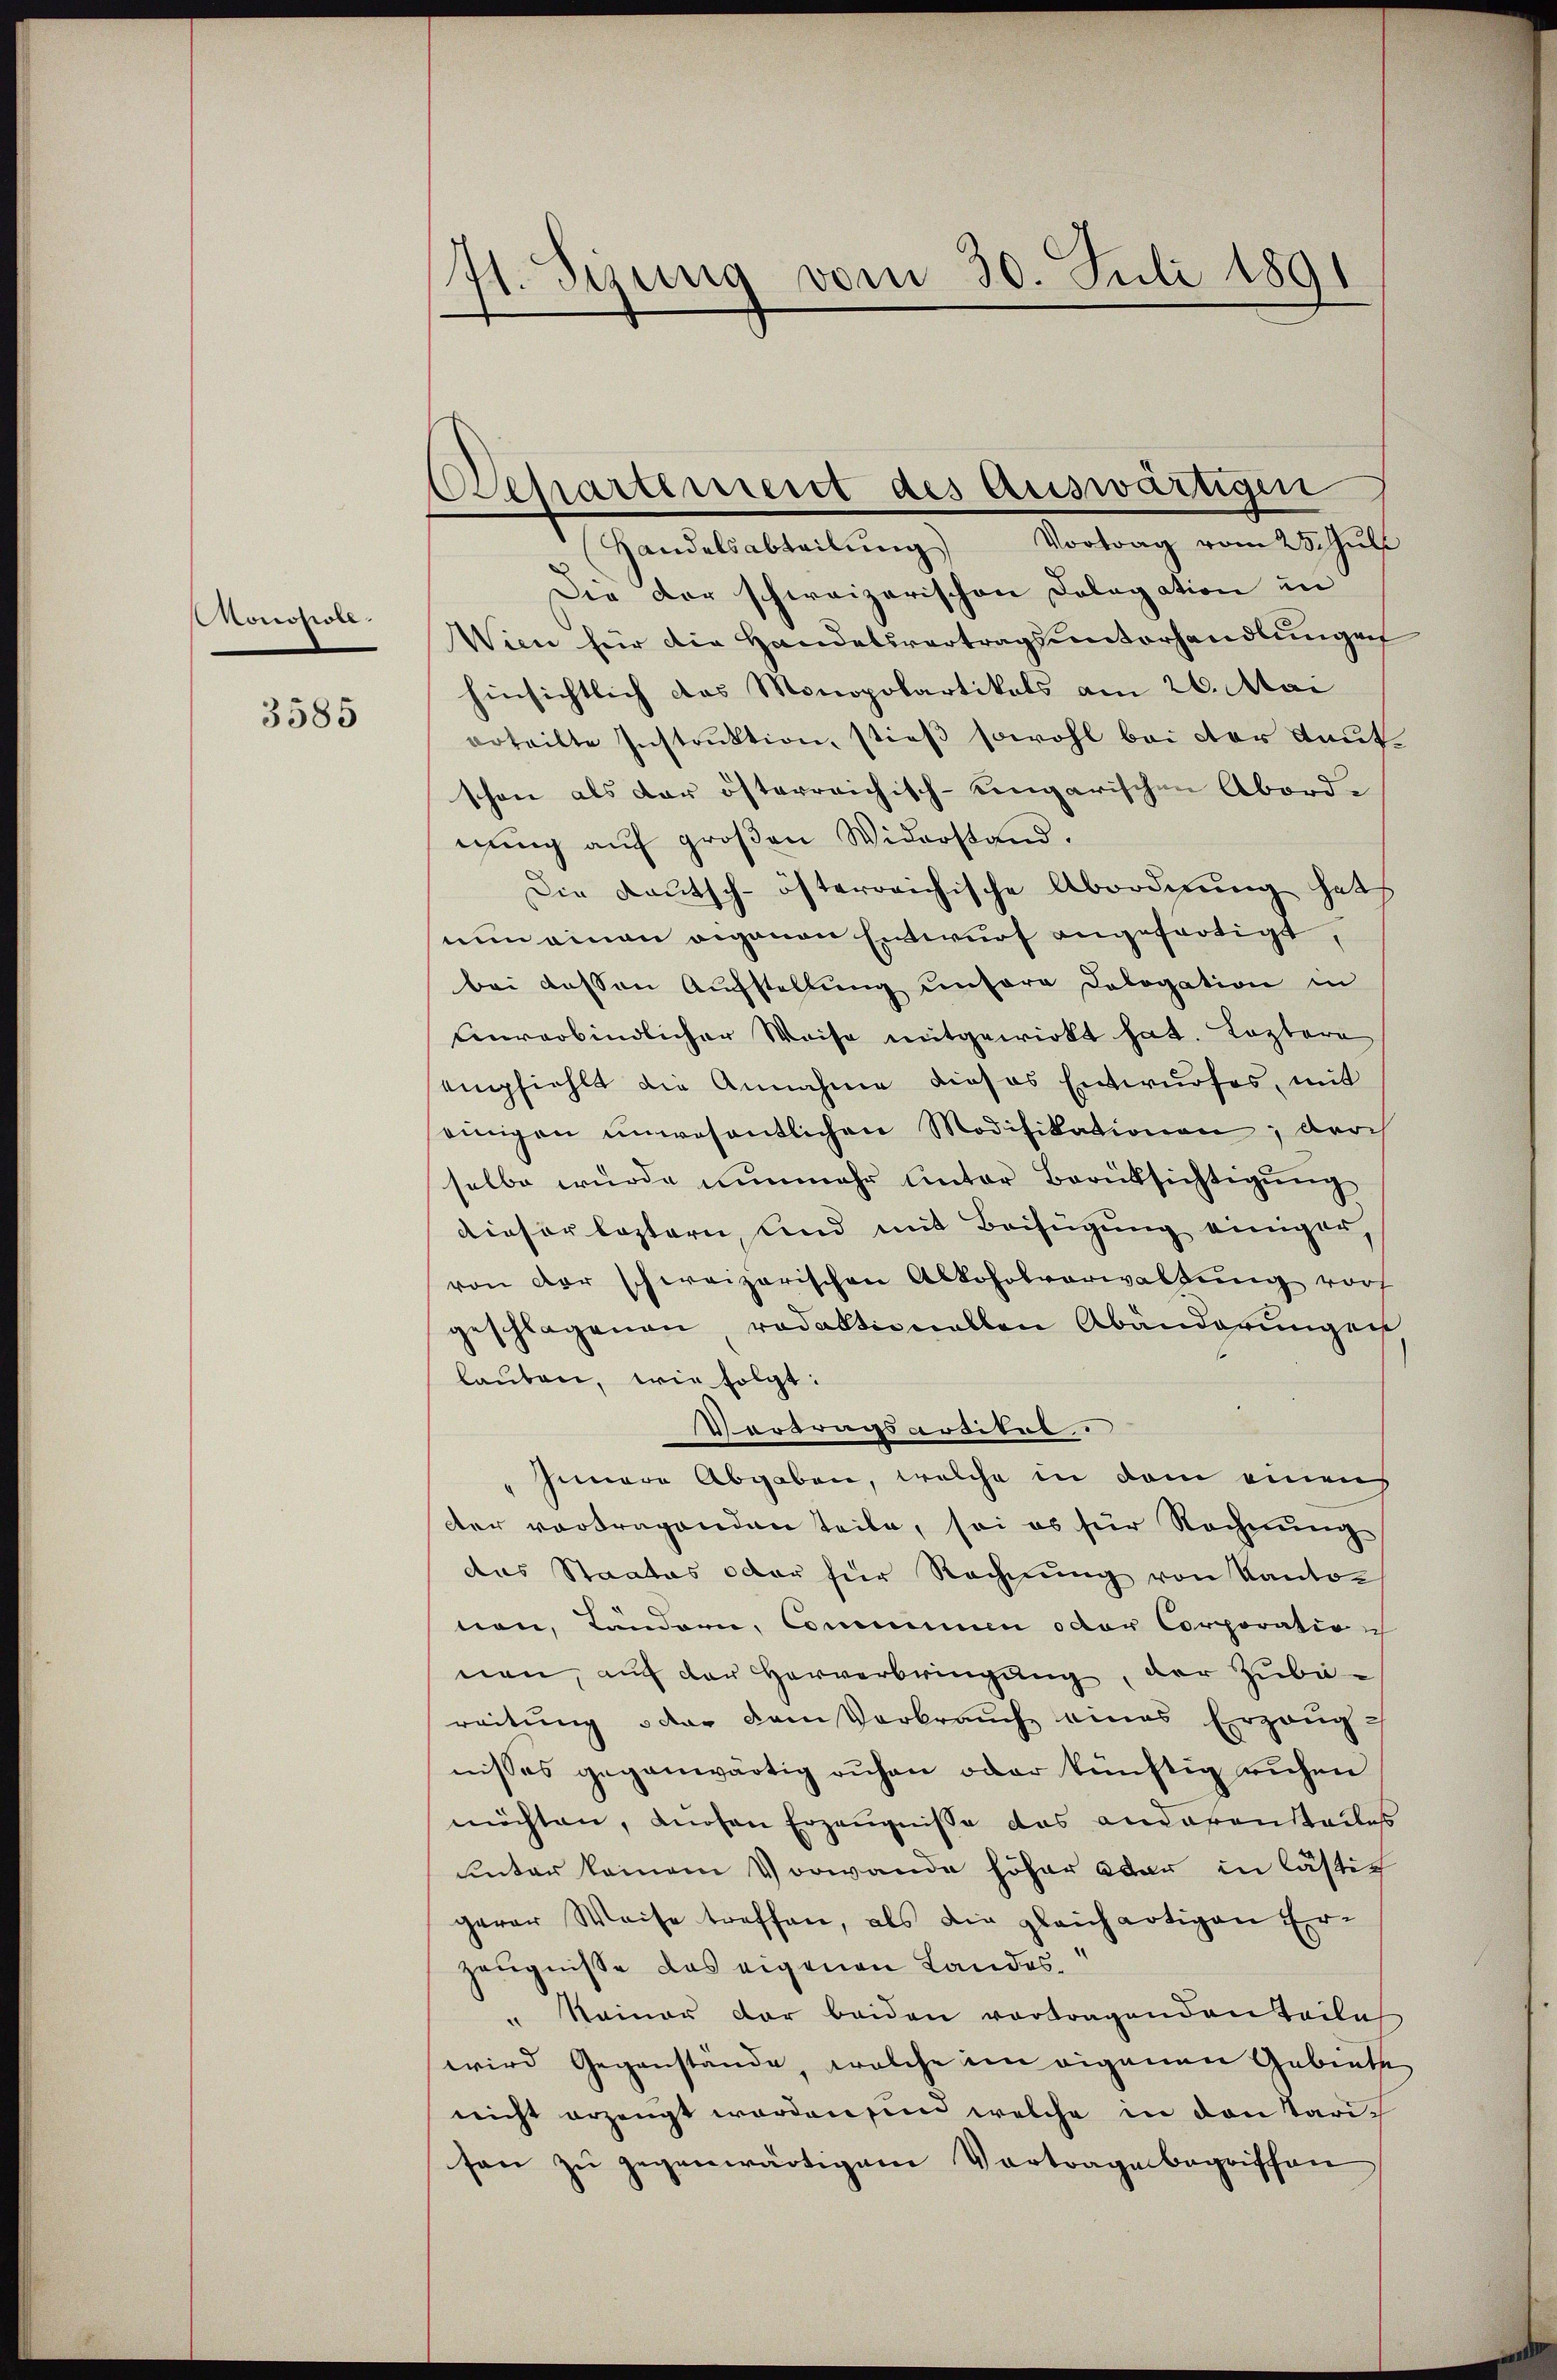
Monopoli

3585

(71. Sizung vom 30. Juli 1891

Orepartiment des Auswärtigen

Handelsabteilŭng Vortrag vom 25. Jŭli
Die der schweizerischen Dolegation in
Wien für die Handelsvertragsunterhandlungen
hinsichtlich das Monopolartikals am 26. Mai
erteilte Instruktion, stieß sowohl bei der Kautschon als der österreichisch-ungarischen Aborde
nung auf großen Widerstand.
Die Kautsch-österreichische Abordnung hat
nun einen eigenen Entwurf angefertigt,
bei dessen Aufstellung unsere Cologation in
aurerbindlicher Weise mitgewirkt hat. Leztere
empfiehlt die Annahme dieses Entwŭrfes, mit
einigen unwesentlichen Modifikationen; durch
selbe wurde nunmehr unter Berüksichtigung
dieser lostern, und mit Beifügung einiger,
von der schweizerischen Alkoholverwaltŭng vorf
geschlagenen redaktionellen Abänderung ent
lauben, wie folgt:
Vortragsartitel.
 Innere Abgaben, welche in dem einens
der vortragenden teile, sei es für Rechnung
das Staates oder für Rechnung von Kanton
nen, Ländern, Comminien oder Corporatio
nen, auf der Herverbringung, der Zube-
reitung oder dem Verbrauch eines Erzeug
nisses gegenwärtig ruhen oder künftig ruhen
möchten, dürfen Erzeugnisse das anderenstadtes
unter keinem Vorwande höher war in lästig
gerer Weise treffen, als die gleichartigen Er¬
Zeugnisse das eigenen Landes¬
" Seiner der beiden vortragenden Teile
wird Gegenstände, welche im eigenen Gebiete
nicht erzeugt worden sind welche in den Tarison zu gegenwärtigem Vortrage begriffen